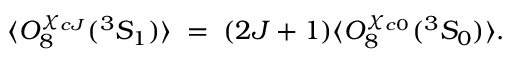
\langle { \cal O } _ { 8 } ^ { \chi _ { c J } } ( { } ^ { 3 } S _ { 1 } ) \rangle \; = \; ( 2 J + 1 ) \langle { \cal O } _ { 8 } ^ { \chi _ { c 0 } } ( { } ^ { 3 } S _ { 0 } ) \rangle .